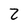
Character: Z